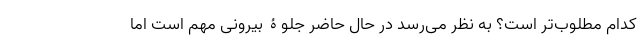
کدام مطلوب‌تر است؟ به نظر می‌رسد در حال حاضر جلوۀ بیرونی مهم است اما